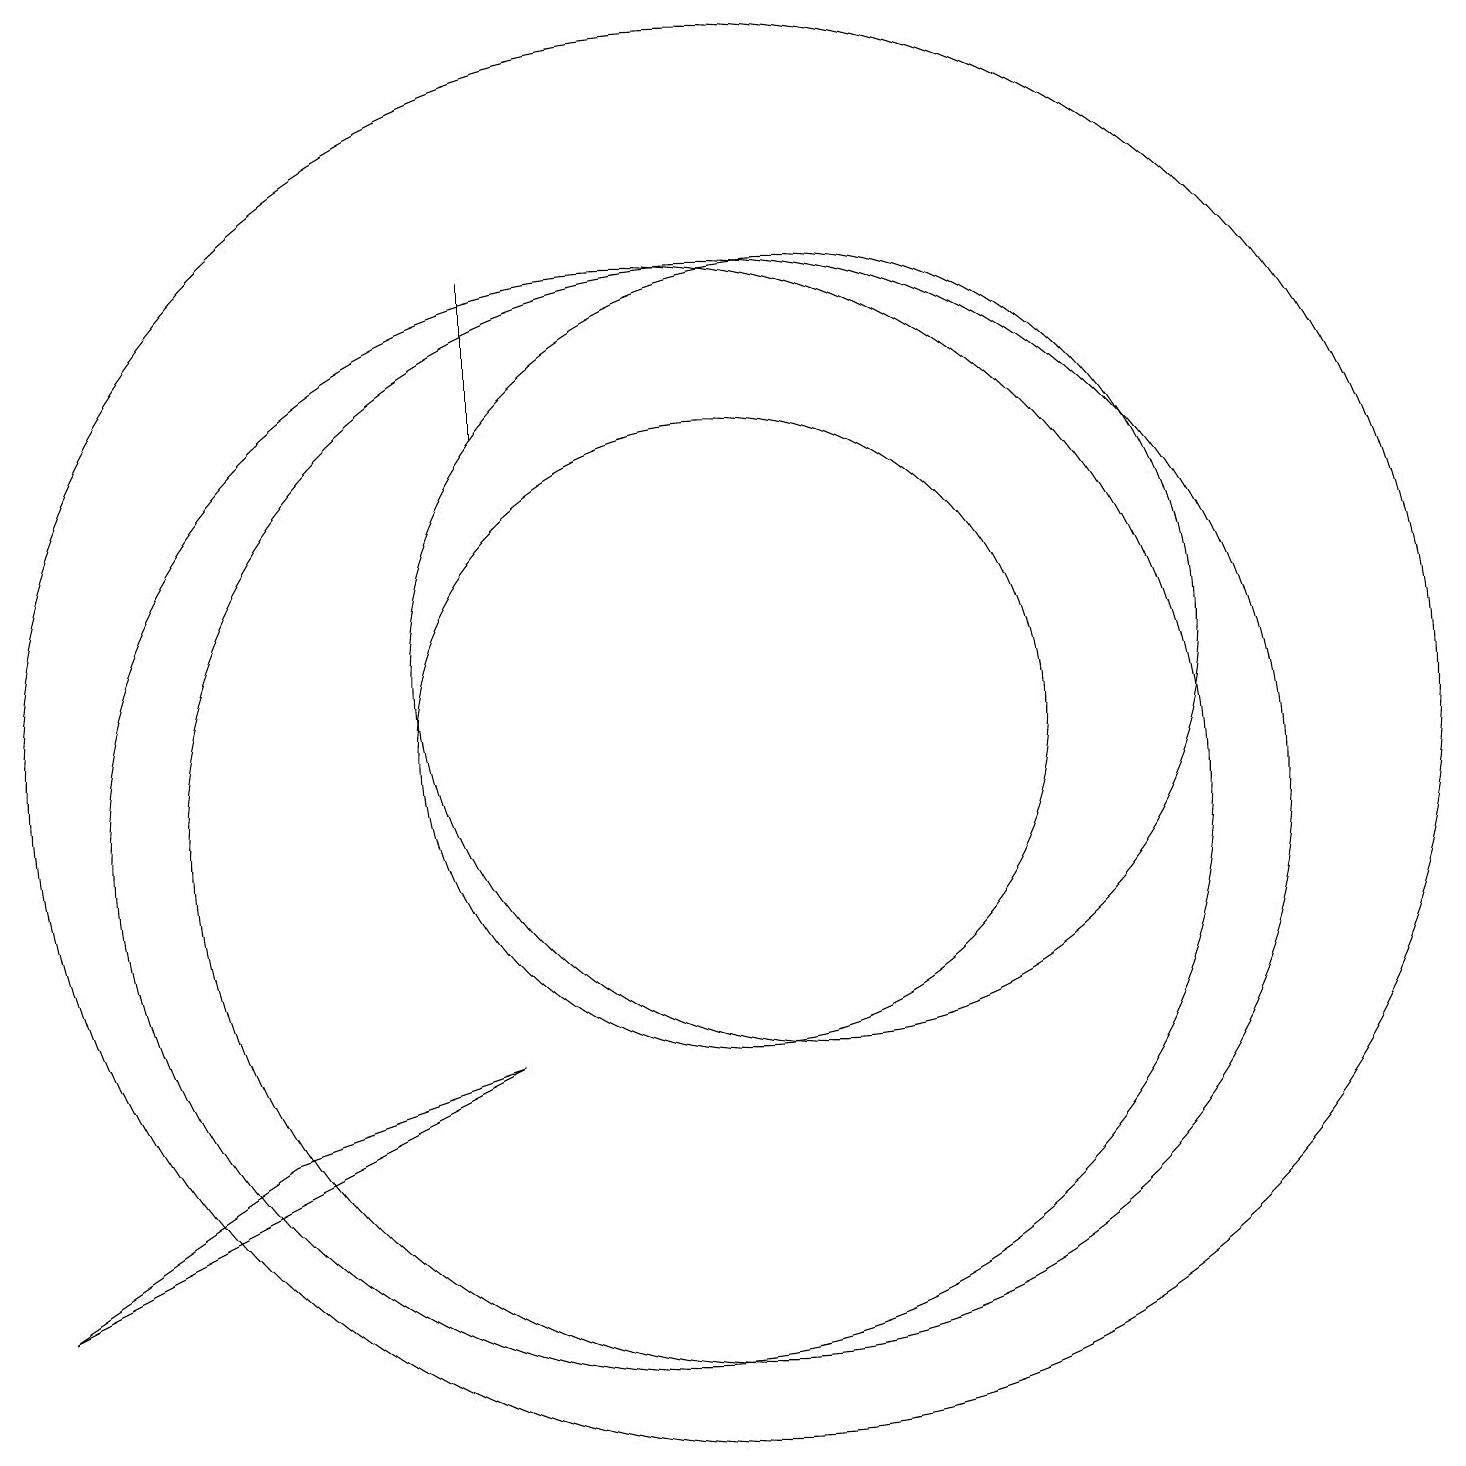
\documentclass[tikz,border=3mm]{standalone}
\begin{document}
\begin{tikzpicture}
\draw (5,6) -- (2,4) -- (8,7) -- cycle;
\draw (11,10) circle (7);
\draw (12,12) circle (5);
\draw (8,17) rectangle (8,15);
\draw (11,11) circle (9);
\draw (11,11) circle (4);
\draw (10,10) circle (7);
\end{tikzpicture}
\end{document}